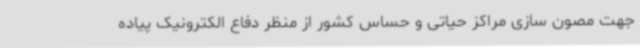
جهت مصون سازی مراکز حیاتی و حساس کشور از منظر دفاع الکترونیک پیاده